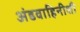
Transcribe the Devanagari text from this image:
अंडवाहिनीशी